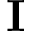
\mathbf { I }